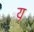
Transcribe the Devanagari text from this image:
य़